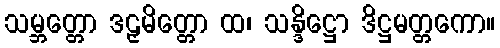
သမ္ဘတ္တော ဒဠှမိတ္တော ထ၊ သန္ဒိဋ္ဌော ဒိဋ္ဌမတ္တကော။